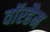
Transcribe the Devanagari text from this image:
वॉरहैम